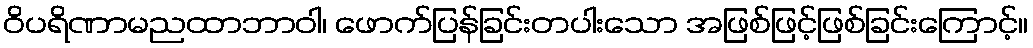
ဝိပရိဏာမညထာဘာဝါ၊ ဖောက်ပြန်ခြင်းတပါးသော အဖြစ်ဖြင့်ဖြစ်ခြင်းကြောင့်။